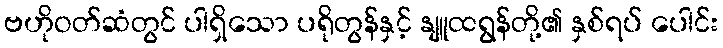
ဗဟိုဝတ်ဆံတွင် ပါရှိသော ပရိုတွန်နှင့် နျူထရွန်တို့၏ နှစ်ရပ် ပေါင်း